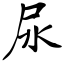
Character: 尿